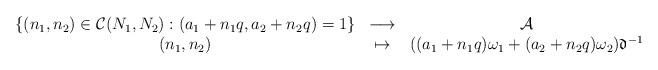
LaTeX: \begin{align*}\begin{array}{ccc}\{(n_1,n_2)\in\mathcal{C}(N_1,N_2):(a_1+n_1q,a_2+n_2q)=1\}&\longrightarrow&\mathcal{A}\\(n_1,n_2)&\mapsto&((a_1+n_1q)\omega_1+(a_2+n_2q)\omega_2)\mathfrak{d}^{-1}\end{array} \end{align*}